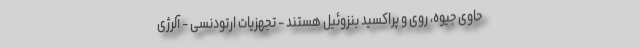
حاوی جیوه، روی و پراکسید بنزوئیل هستند - تجهزیات ارتودنسی - آلرژی